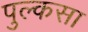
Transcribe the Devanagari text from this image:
पुल्कसा